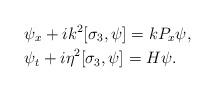
LaTeX: \begin{align*}&\psi_x+ik^2[\sigma_3,\psi]=kP_x\psi,\\&\psi_t+i\eta^2[\sigma_3,\psi]=H\psi.\end{align*}